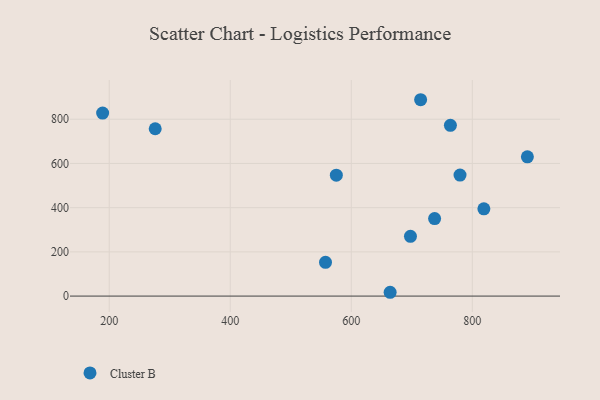
{"axis": {"x": "Investment", "y": "Sales"}, "legend": ["Cluster B"], "data": [{"x": "697.8", "y": 270.5, "type": "Cluster B"}, {"x": "763.8", "y": 772.3, "type": "Cluster B"}, {"x": "737.7", "y": 350.6, "type": "Cluster B"}, {"x": "557.4", "y": 152.6, "type": "Cluster B"}, {"x": "276.0", "y": 757.1, "type": "Cluster B"}, {"x": "779.7", "y": 547.5, "type": "Cluster B"}, {"x": "891.0", "y": 630.1, "type": "Cluster B"}, {"x": "819.1", "y": 394.9, "type": "Cluster B"}, {"x": "575.3", "y": 546.9, "type": "Cluster B"}, {"x": "714.6", "y": 888.3, "type": "Cluster B"}, {"x": "664.2", "y": 17.2, "type": "Cluster B"}, {"x": "189.1", "y": 828.0, "type": "Cluster B"}]}